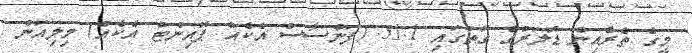
މީގެ ތެރެއިން ޑޮލަރުގެ ގޮތުގައި 51.1 (ފަންސާސް އެކެއް ޕޮއިންޓް އެކެއް) މިލިއަން